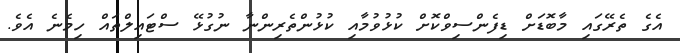
އެގެ ތެރޭގައި މާބޮޑަށް ޑިފެންސިވްކޮށް ކުޅުވުމާއި ކުޅުންތެރިންނާ ނުގުޅޭ ސްޓައިލްތައް ހިމެނެ އެވެ.